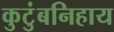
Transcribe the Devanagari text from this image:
कुटुंबनिहाय